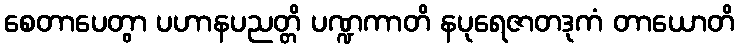
စေတာပေတွာ ပဟာနပညတ္တိ ပဏ္ဍကာတိ နပုရေဇာတဒုကံ တာယောတိ